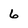
Character: 6